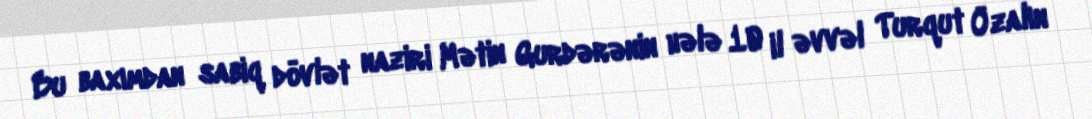
Bu baxımdan sabiq dövlət naziri Mətin Gurdərənin hələ 10 il əvvəl Turqut Özalın